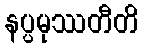
နပ္ပမုဿတီတိ